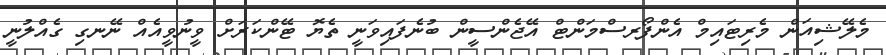
މެލޭޝިއަން މެރިޓައިމް އެންފޯރސްމަންޓް އޭޖެންސީން ބުނެފައިވަނީ ތެޔޮ ޓޭންކަރަށް ވީނުވީއެއް ނޭނގި ގެއްލުނީ